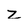
Character: Z